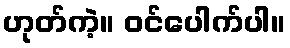
ဟုတ်ကဲ့။ ဝင်ပေါက်ပါ။